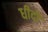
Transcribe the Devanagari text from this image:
धीदो